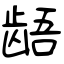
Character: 龉